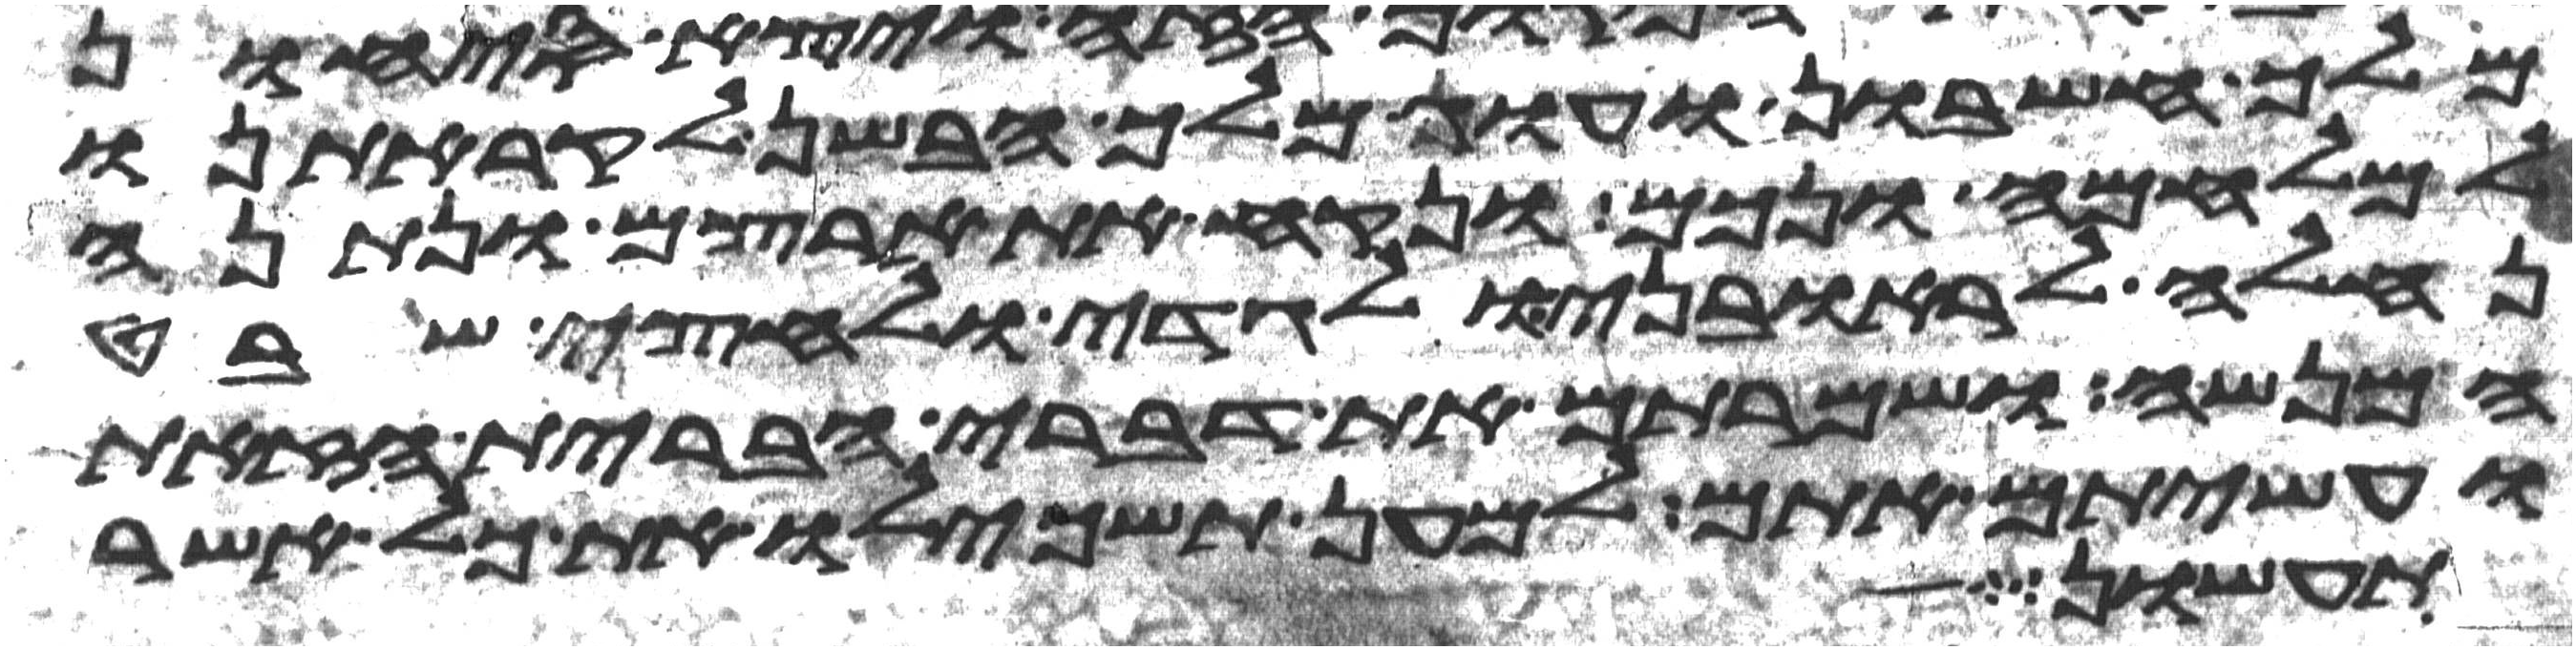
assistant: מלך חשבון ועוג מלך הבשן לקראתנו
למלחמה ונכם ונקח את ארצם ונתנה
נחלה לראובני ולגדי ולחצי שבט
המנשה ושמרתם את דברי הברית הזאת
ועשיתם אתם למען תשכילו את כל אשר